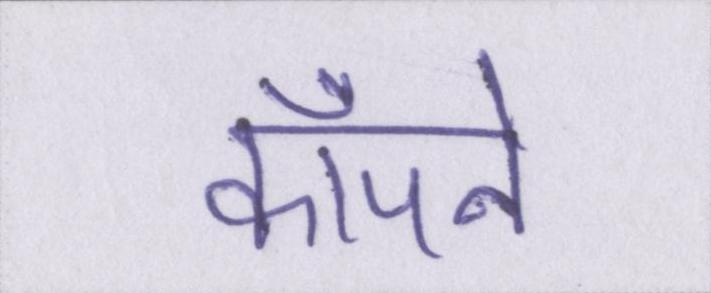
काँपने